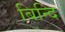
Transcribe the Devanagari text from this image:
बिन्दि